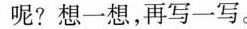
呢? 想一想，再写一写。